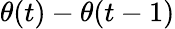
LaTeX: \theta(t)-\theta(t-1)